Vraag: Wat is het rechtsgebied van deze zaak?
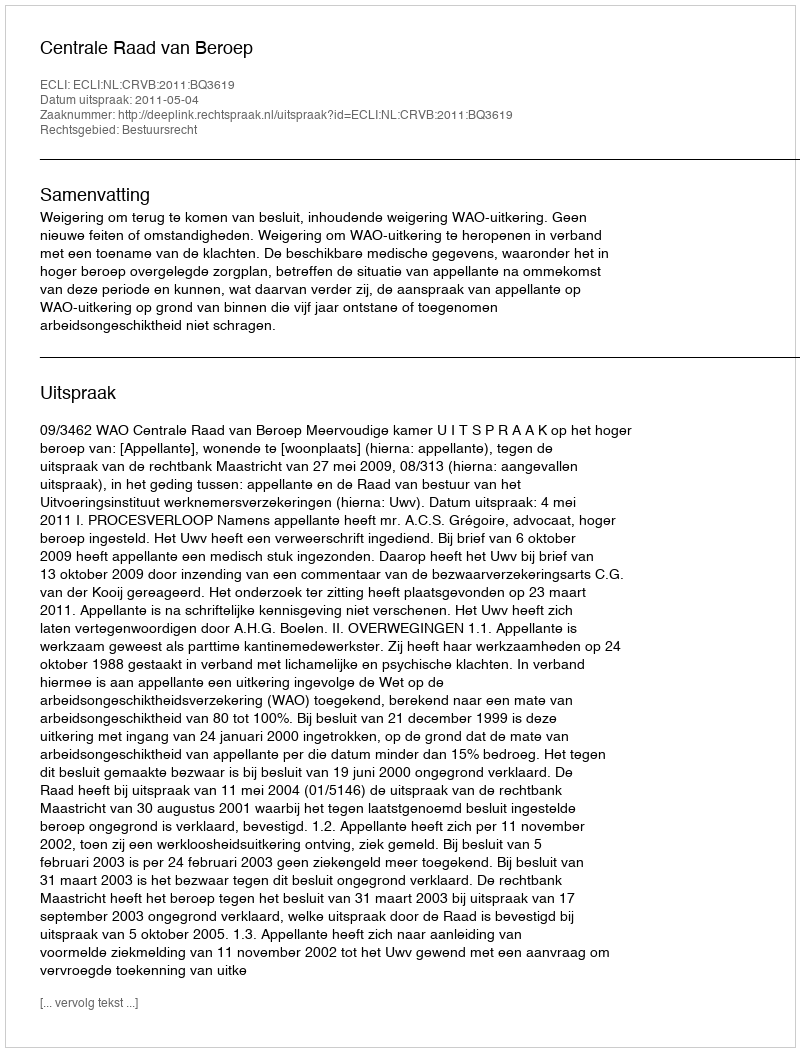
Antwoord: Bestuursrecht